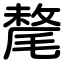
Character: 氂